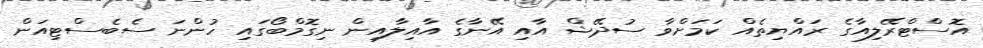
އޮސްޓްރޭލިއާގެ ރައްޔިތެއް ކަމަށްވާ ސުދޭޝް އާއި އޭނާގެ އާއިލާއިން ނިގޮމްބޯގައި ހުންނަ ސެބެސްޓިއަން